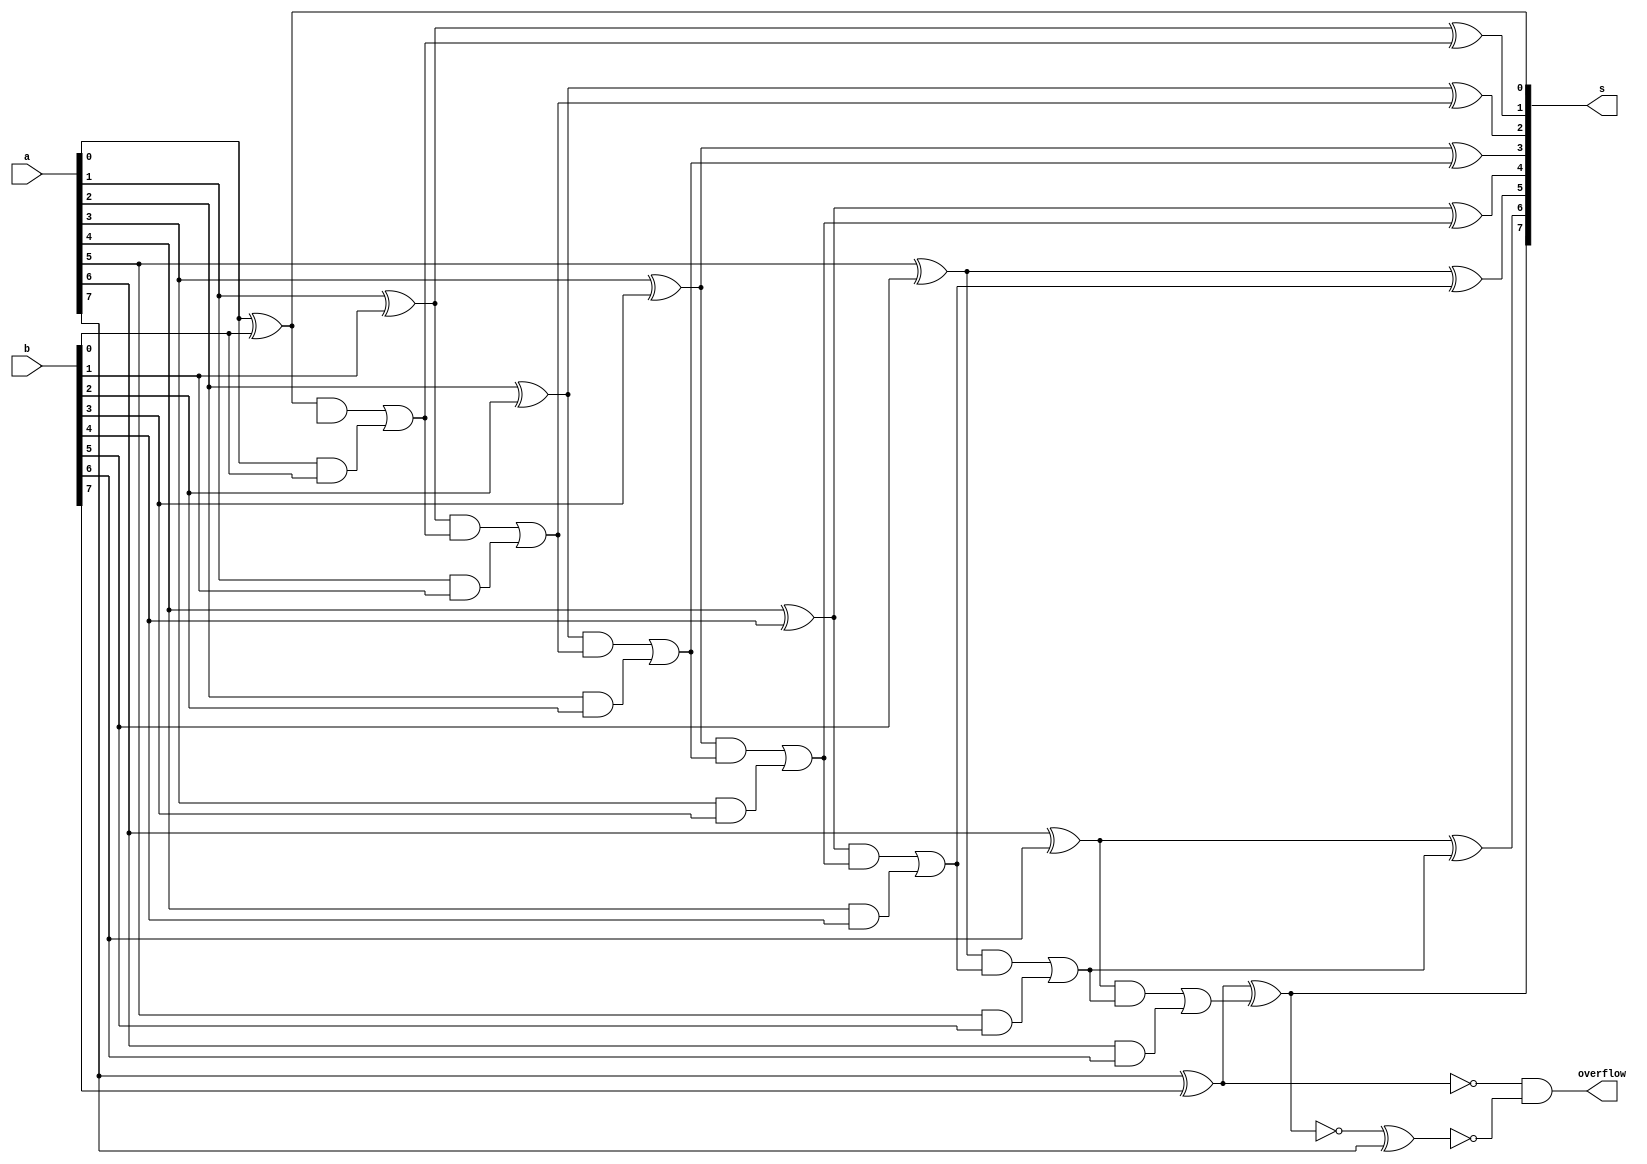
module EightBitAdder(s,overflow, a, b);
	input [7:0] a;
	input [7:0] b;
	output [7:0] s;
	output overflow;

	supply0 gnd;
	
	wire wire1;
	wire wire2;
	wire wire3;
	wire wire4;
	wire wire5;
	wire wire6;
	wire wire7;
	wire wire8;
	wire wire9;
	wire wire10;
	wire wire11;
	wire wire12;
	wire wire13;
	wire wire14;
	wire wire15;
	wire wire16;
	wire wire17;
	wire wire18;
	wire wire19;
	wire wire20;
	wire wire21;
	wire wire22;
	wire wire23;
	wire wire24;
	wire wire25;
	wire wire26;
	wire wire27;
	wire wire28;
	wire wire29;
	wire wire30;
	wire wire31;
	wire wire32;
	
	xor xor1(wire1, a[0], b[0]);
	xor xor2(s[0], gnd, wire1);
	and and1(wire2, wire1, wire0);
	and and2(wire3, a[0], b[0]);
	or or1(wire4, wire2, wire3);

	xor xor3(wire5,a[1],b[1]);
	xor xor4(s[1],wire5,wire4);
	and and3(wire6,wire5,wire4);
	and and4(wire7,a[1],b[1]);
	or or2(wire8,wire6,wire7);

	xor xor5(wire9,a[2],b[2]);
	xor xor6(s[2],wire9,wire8);
	and and5(wire10,wire9,wire8);
	and and6(wire11,a[2],b[2]);
	or or3(wire12,wire10,wire11);

	xor xor7(wire13,a[3],b[3]);
	xor xor8(s[3],wire13,wire12);
	and and7(wire14,wire13,wire12);
	and and8(wire15,a[3],b[3]);
	or or4(wire16,wire14,wire15);

	xor xor9(wire17,a[4],b[4]);
	xor xor10(s[4],wire17,wire16);
	and and9(wire18,wire17,wire16);
	and and10(wire19,a[4],b[4]);
	or or5(wire20,wire18,wire19);

	xor xor11(wire21,a[5],b[5]);
	xor xor12(s[5],wire21,wire20);
	and and11(wire22,wire21,wire20);
	and and12(wire23,a[5],b[5]);
	or or6(wire24,wire22,wire23);

	xor xor13(wire25,a[6],b[6]);
	xor xor14(s[6],wire25,wire24);
	and and13(wire26,wire25,wire24);
	and and14(wire27,a[6],b[6]);
	or or7(wire28,wire26,wire27);

	xor xor15(wire29,a[7],b[7]);
	xor xor16(s[7],wire29,wire28);
	and and15(wire30,wire29,wire28);
	and and16(wire31,a[7],b[7]);
	or or8(wire32,wire30,wire31);

	wire tmp1,tmp2,tmp3;
	xnor overflow_xnor(tmp1,a[7],b[7]);
	not overflow_not(tmp2,s[7]);
	xnor overflow_xnor_two(tmp3,tmp2,a[7]);
	and overflow_final_and(overflow,tmp1,tmp3);

endmodule